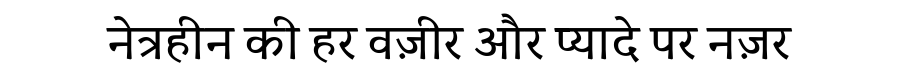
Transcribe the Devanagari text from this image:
नेत्रहीन की हर वज़ीर और प्यादे पर नज़र